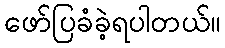
ဖော်ပြခံခဲ့ရပါတယ်။